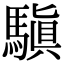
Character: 𩥄